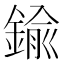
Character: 鍮